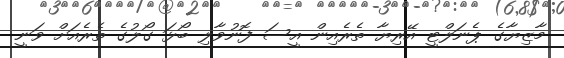
މާޒިޔާގެ ޕެނަލްޓީ އޭރިޔާ ތެރެއިން އީސަ ފޮނުވާލި ބޯޅަ ގޯލުގެ ތެރެެއަށް ވަނީ